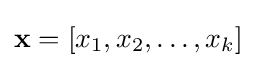
\mathbf {x} =\left[x_{1},x_{2},\ldots ,x_{k}\right]